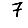
Digit: 7